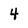
Character: 4